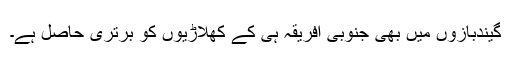
گیندبازوں میں بھی جنوبی افریقہ ہی کے کھلاڑیوں کو برتری حاصل ہے۔